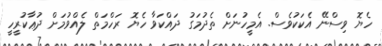
ހެޔޮ ވިސްނޭ އެކަކުވެސް. އެމީހުނަށް ތެދުމަގު ދައްކަވާ ހެޔޮ ރަހްމަތް ލެއްވުމަށް ދުޢާކުރީހީ